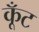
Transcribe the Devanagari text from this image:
कूँट